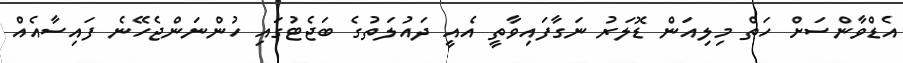
އެޑްވާންސަށް ހަތް މިލިއަން ޑޮލަރު ނަގާފައިވާތީ އެއީ ދައުލަތުގެ ބަޖެޓުގައި ހުންނަންޖެހޭނެ ފައިސާއެއް